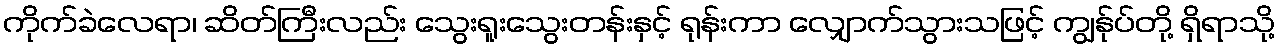
ကိုက်ခဲလေရာ၊ ဆိတ်ကြီးလည်း သွေးရူးသွေးတန်းနှင့် ရုန်းကာ လျှောက်သွားသဖြင့် ကျွန်ုပ်တို့ ရှိရာသို့